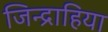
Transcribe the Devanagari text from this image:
जिन्द्राहिया